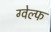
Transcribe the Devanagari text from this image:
ग्वेल्फ